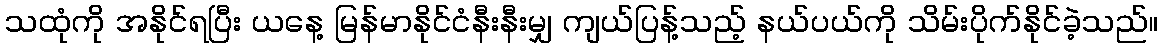
သထုံကို အနိုင်ရပြီး ယနေ့ မြန်မာနိုင်ငံနီးနီးမျှ ကျယ်ပြန့်သည့် နယ်ပယ်ကို သိမ်းပိုက်နိုင်ခဲ့သည်။